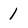
Character: 1